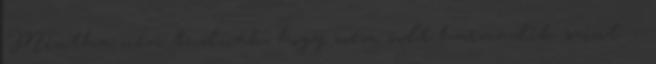
Mintha nem tudnák, hogy nem volt harmadik színt. –